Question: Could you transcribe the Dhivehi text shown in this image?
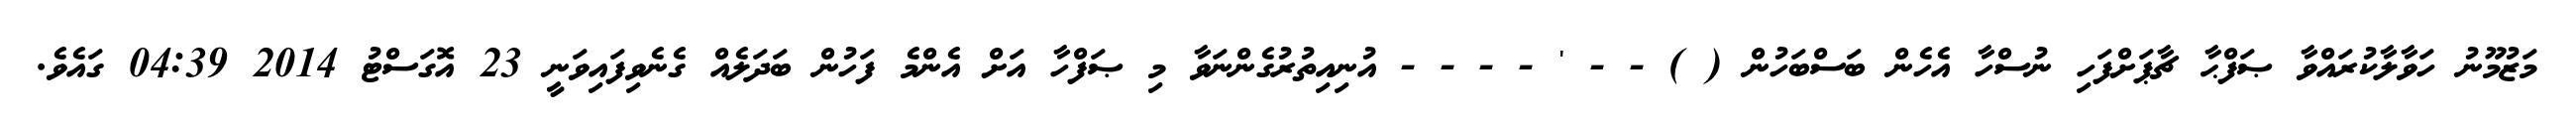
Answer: މަޒުމޫނު ހަވާލާކުރައްވާ ޞަފްޙާ ޗާޕަށްފަހި ނުސްހާ އެހެން ބަސްބަހުން ( ) - - ' - - - - އުނިއިތުރުގެންނަވާ މި ޞަފްހާ އަށް އެންމެ ފަހުން ބަދަލެއް ގެނެވިފައިވަނީ 23 އޮގަސްޓު 2014 04:39 ގައެވެ.